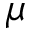
\mu